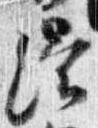
僧